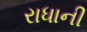
રાધાની